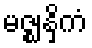
မဇ္ဈနှိကံ